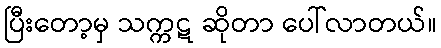
ပြီးတော့မှ သက္ကဋ ဆိုတာ ပေါ်လာတယ်။